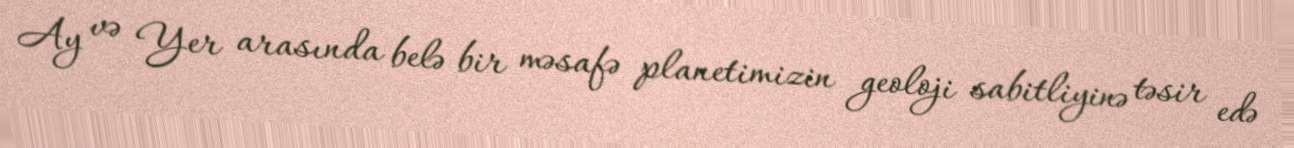
Ay və Yer arasında belə bir məsafə planetimizin geoloji sabitliyinə təsir edə